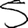
Digit: 5